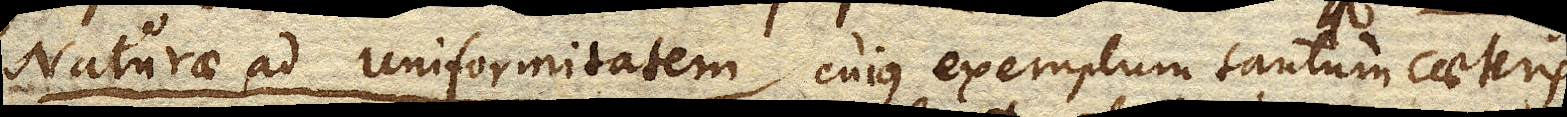
Naturae ad uniformitatem cujus exemplum tantum caeteris